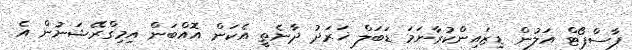
ޕާސްޕޯޓް އަލުން ޑިޒައިންކުރާނަމަ ޑަބަލް ޚަރަދު ދާނެތީ އެކަން އޮއްބަން އިމިގްރޭޝަނުން އެ